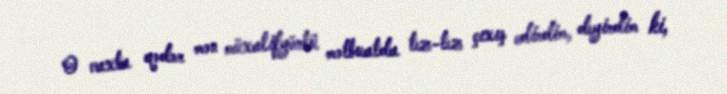
O vaxta qədər mən müxalifyönlü mətbuatda tez-tez çıxış edirdim, deyirdim ki,